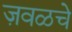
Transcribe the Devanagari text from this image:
ज़वळचे